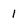
Character: 1